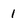
Character: 1